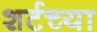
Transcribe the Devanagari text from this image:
शर्टच्या